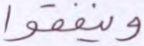
وينفقوا